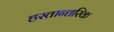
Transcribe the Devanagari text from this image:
हस्तान्तरिक